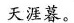
天涯暮。